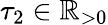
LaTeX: \tau_{2}\in\mathbb{R}_{>0}